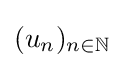
(u_{n})_{n\in \mathbb {N} }